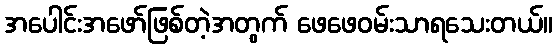
အပေါင်းအဖော်ဖြစ်တဲ့အတွက် ဖေဖေဝမ်းသာရသေးတယ်။